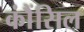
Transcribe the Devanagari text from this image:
कौंंसिल